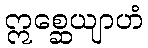
ဣစ္ဆေယျာဟံ